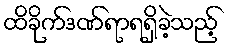
ထိခိုက်ဒဏ်ရာရရှိခဲ့သည့်